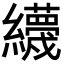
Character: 𦇪